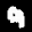
Label: 9